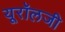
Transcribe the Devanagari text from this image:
यूरॉलजी